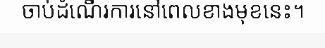
ចាប់ដំណើរការនៅពេលខាងមុខនេះ។